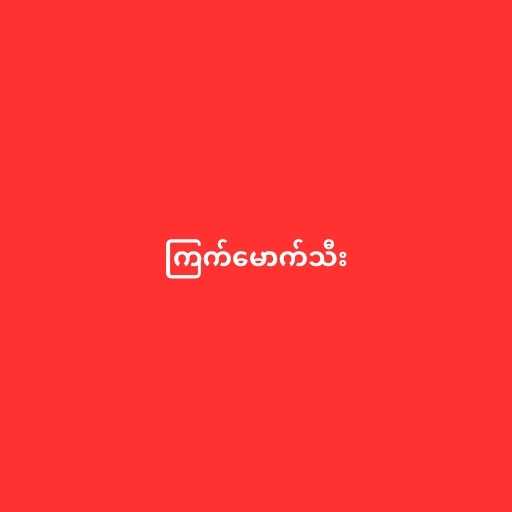
ကြက်မောက်သီး